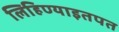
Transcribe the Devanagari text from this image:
लिहिण्याइतपत